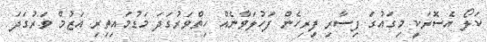
ކަލޯ އެސޮރަކީ މިގައުގަ ފިސާރި ފިރިހެން ފަހުލަވާނެއް ހިތްވަރުގަދަ މަޑުމައިތިރި އަޒުމް ވަރުގަދަ